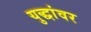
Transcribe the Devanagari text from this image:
युद्धांवर